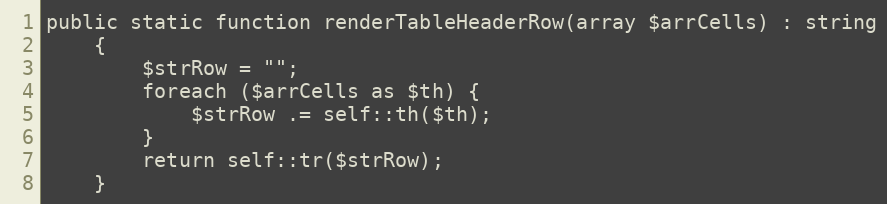
Language: PHP
public static function renderTableHeaderRow(array $arrCells) : string
    {
        $strRow = "";
        foreach ($arrCells as $th) {
            $strRow .= self::th($th);
        }
        return self::tr($strRow);
    }